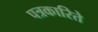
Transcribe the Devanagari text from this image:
पत्रकारिते